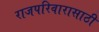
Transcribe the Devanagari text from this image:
राजपरिवारासाठी